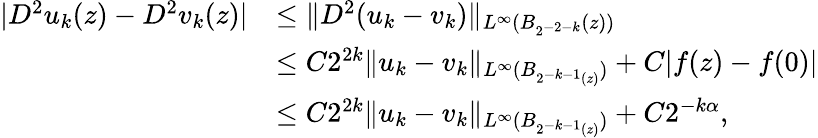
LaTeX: \begin{array}{rl}{|D^{2}u_{k}(z)-D^{2}v_{k}(z)|}&{\le\| D^{2}(u_{k}-v_{k})\| _{L^{\infty}(B_{2^{-2-k}}(z))}}\\ &{\le C2^{2k}\| u_{k}-v_{k}\| _{L^{\infty}(B_{2^{-k-1}(z)})}+C|f(z)-f(0)|}\\ &{\le C2^{2k}\| u_{k}-v_{k}\| _{L^{\infty}(B_{2^{-k-1}(z)})}+C2^{-k\alpha},}\end{array}